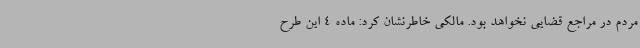
مردم در مراجع قضایی نخواهد بود. مالکی خاطرنشان کرد: ماده 4 این طرح